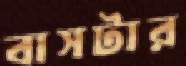
বাসটার